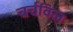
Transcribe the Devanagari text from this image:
चर्चविल